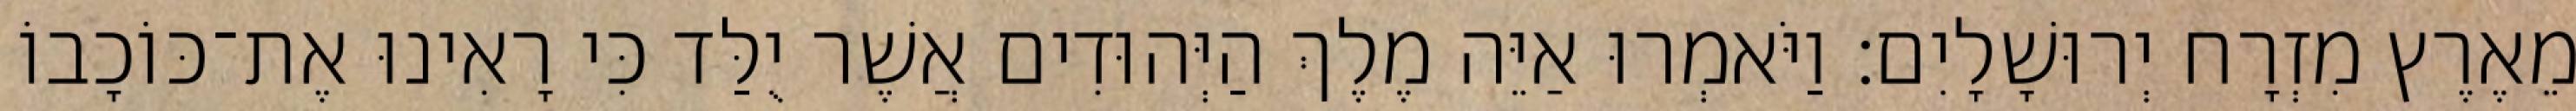
מֵאֶרֶץ מִזְרָח יְרוּשָׁלָיִם׃ וַיֹּאמְרוּ אַיֵּה מֶלֶךְ הַיְּהוּדִים אֲשֶׁר יֻלַּד כִּי רָאִינוּ אֶת־כּוֹכָבוֹ